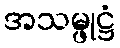
အသမ္ဖုဋ္ဌံ